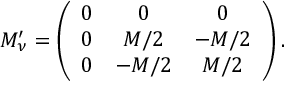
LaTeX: M _ { \nu } ^ { \prime } = \left( \begin{array} { c c c } { { 0 } } & { { 0 } } & { { 0 } } \\ { { 0 } } & { { M / 2 } } & { { - M / 2 } } \\ { { 0 } } & { { - M / 2 } } & { { M / 2 } } \end{array} \right) .